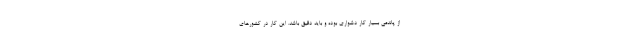
از پاندمی بسیار کار دشواری بوده و باید دقیق باشد. این کار در کشورهای